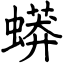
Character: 蟒